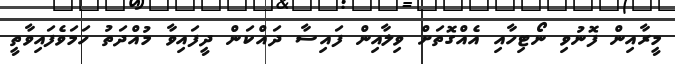
މީރާއިން ފޮނުވި ނޯޓިހާއި އެއްގޮތަށް ވިލާއިން ފައިސާ ދައްކަން ދީފައިވާ މުއްދަތު ހަމަވެފައިވާތީ